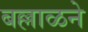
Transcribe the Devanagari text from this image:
बल्लाळने